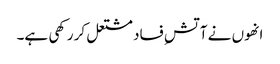
انھوں نے آتشِ فساد مشتعل کر رکھی ہے۔